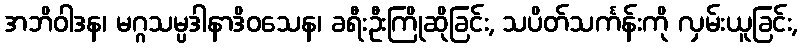
အဘိဝါဒန၊ မဂ္ဂသမ္ပဒါနာဒိဝသေန၊ ခရီးဦးကြိုဆိုခြင်း, သပိတ်သင်္ကန်းကို လှမ်းယူခြင်း,